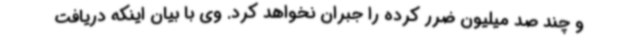
و چند صد میلیون ضرر کرده را جبران نخواهد کرد. وی با بیان اینکه دریافت